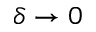
\delta \rightarrow 0